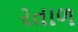
રતાળ